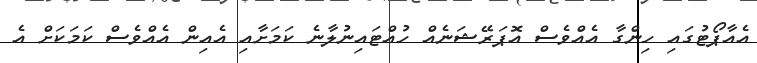
އެއާޕޯޓުގައި ހިންގާ އެއްވެސް އޮޕަރޭޝަނެއް ހުއްޓައިނުލާނެ ކަމަށާއި އެއިން އެއްވެސް ކަމަކަށް އެ